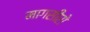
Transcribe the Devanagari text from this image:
मागसीरो